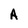
Character: A